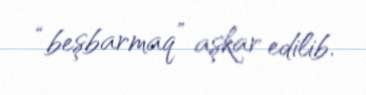
“beşbarmaq” aşkar edilib.